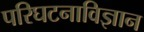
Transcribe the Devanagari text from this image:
परिघटनाविज्ञान